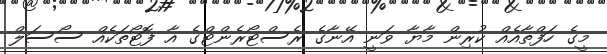
މީގެ ހަފްތާއެއް ކުރިން މާޔާ ވަނީ އޭނާގެ ރެސްޓޯރެންޓްގެ އާ ފޮޓޯތަކެއް ސޯސަލް